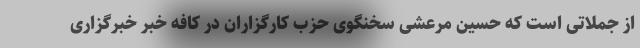
از جملاتی است که حسین مرعشی سخنگوی حزب کارگزاران در کافه خبر خبرگزاری